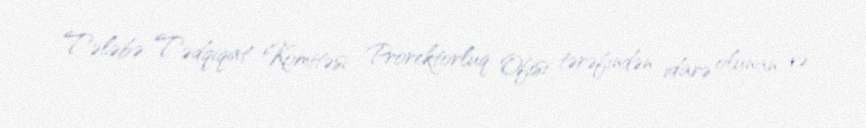
Tələbə Tədqiqat Komitəsi Prorektorluq Ofisi tərəfindən idarə olunan və